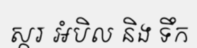
ស្ករ អំបិល និង ទឹក